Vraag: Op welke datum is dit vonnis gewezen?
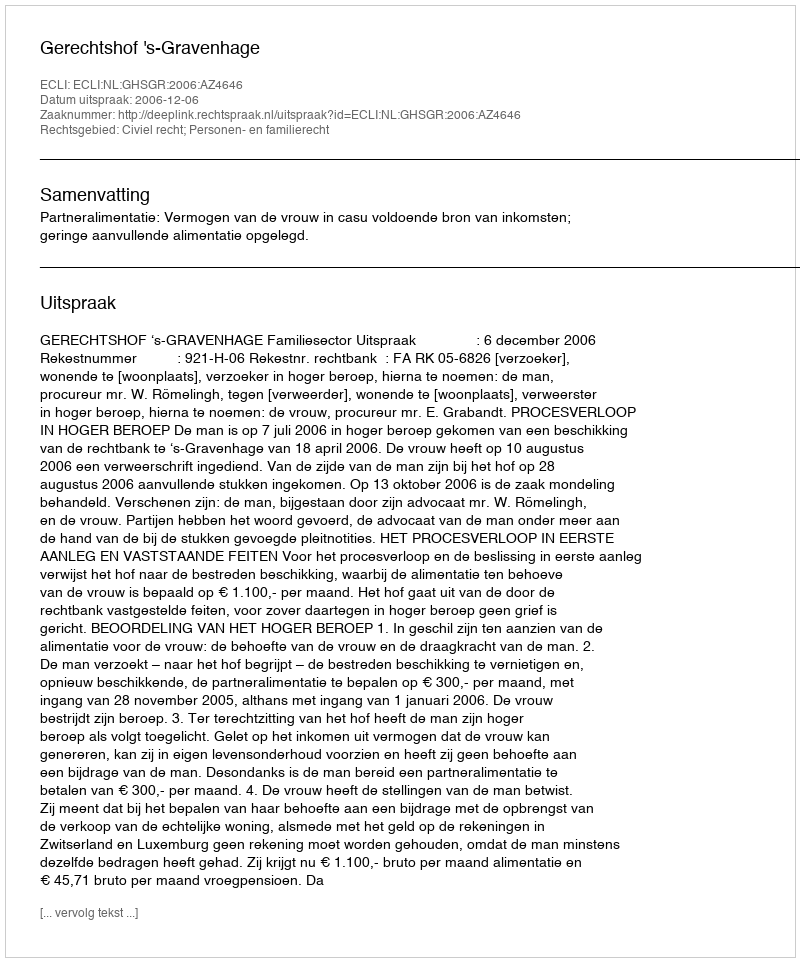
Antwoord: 2006-12-06